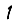
Digit: 1